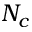
N _ { c }